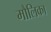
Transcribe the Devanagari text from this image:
मौलिका